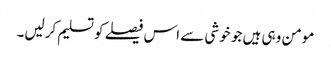
مومن وہی ہیں جو خوشی سے اس فیصلے کو تسلیم کرلیں۔